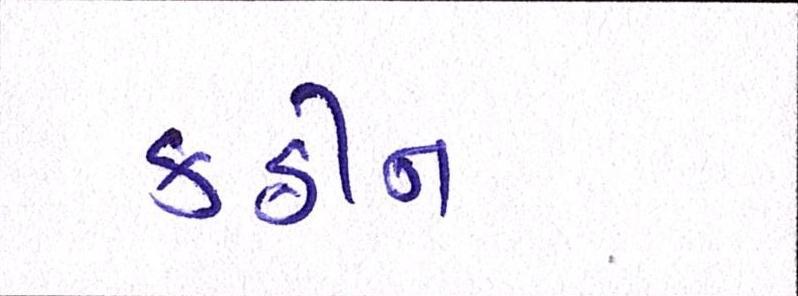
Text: કઠીન